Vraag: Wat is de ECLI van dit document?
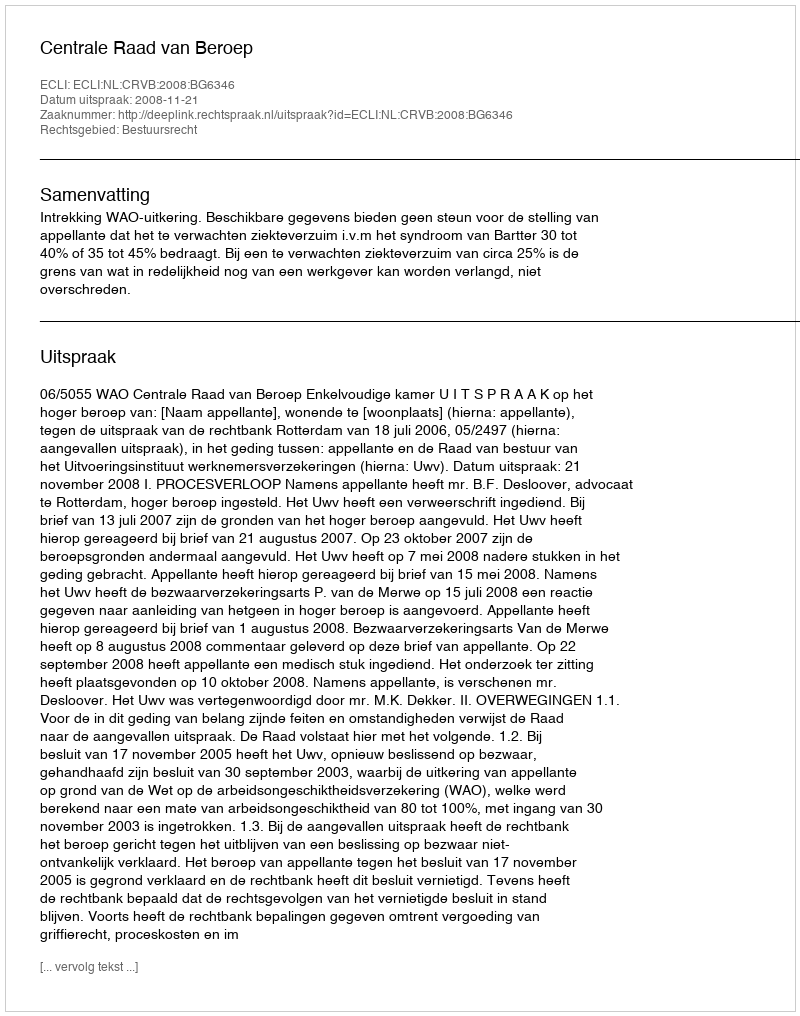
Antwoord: ECLI:NL:CRVB:2008:BG6346